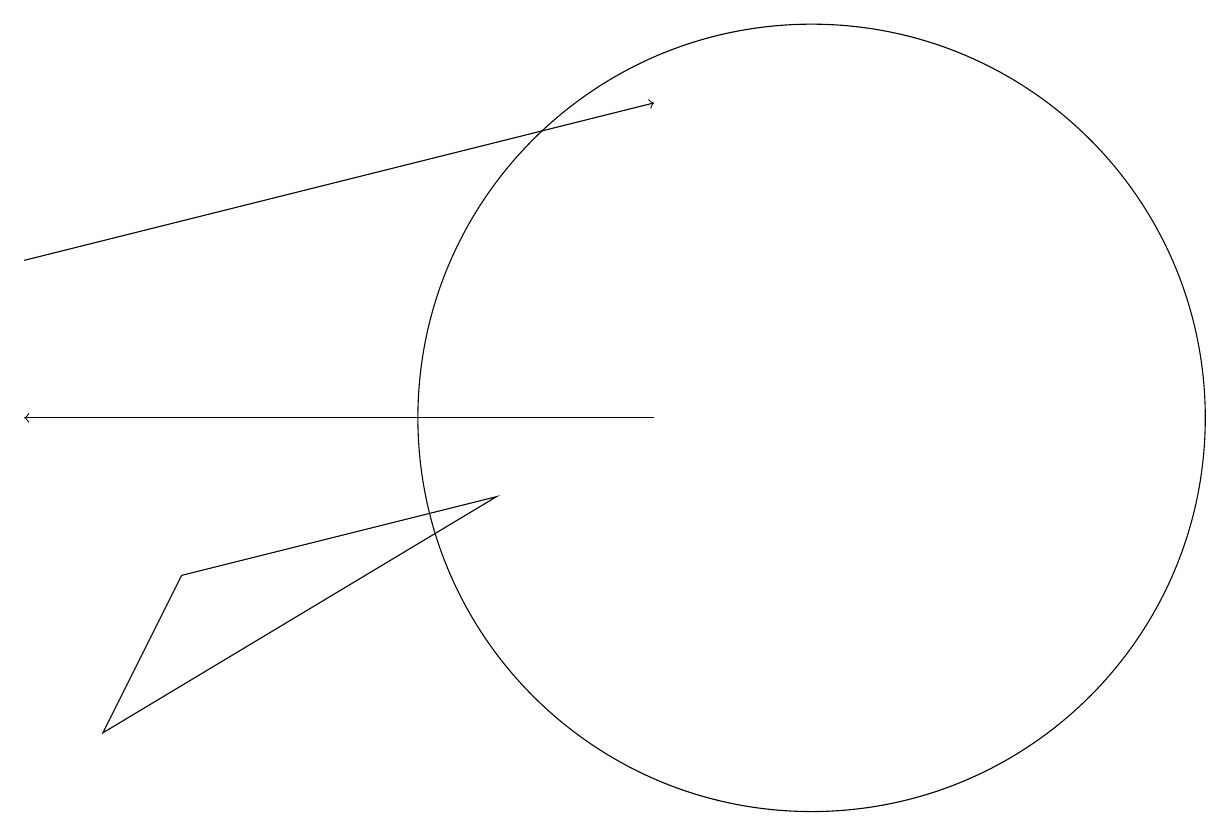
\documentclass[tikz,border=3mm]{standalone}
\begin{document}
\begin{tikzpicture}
\draw[->] (8,10) -- (0,10);
\draw (6,9) -- (2,8) -- (1,6) -- cycle;
\draw[->] (0,12) -- (8,14);
\draw (10,10) circle (5);
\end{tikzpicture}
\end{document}